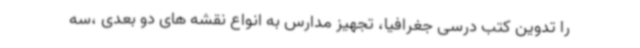
را تدوین کتب درسی جغرافیا، تجهیز مدارس به انواع نقشه های دو بعدی ،سه